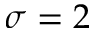
\sigma = 2